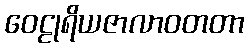
ဝေဠုရိယဇာလာဝတတာ